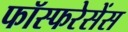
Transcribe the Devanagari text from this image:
फॉस्फरेसेंस